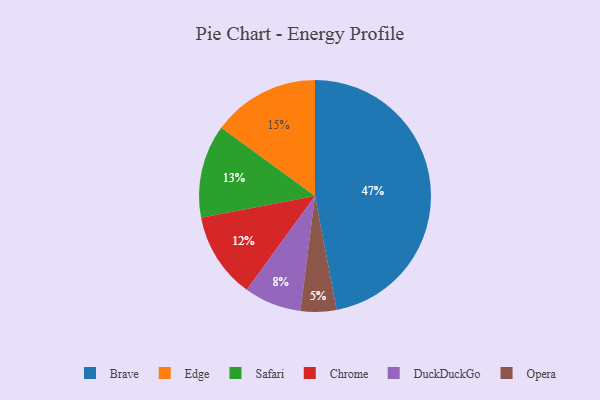
{"axis": {"x": "Category", "y": "Percentage"}, "legend": ["Brave", "Chrome", "DuckDuckGo", "Edge", "Opera", "Safari"], "data": [{"x": "DuckDuckGo", "y": 8, "type": "DuckDuckGo"}, {"x": "Safari", "y": 13, "type": "Safari"}, {"x": "Opera", "y": 5, "type": "Opera"}, {"x": "Chrome", "y": 12, "type": "Chrome"}, {"x": "Edge", "y": 15, "type": "Edge"}, {"x": "Brave", "y": 47, "type": "Brave"}]}